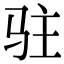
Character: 驻